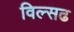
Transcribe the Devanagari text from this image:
विल्सढ